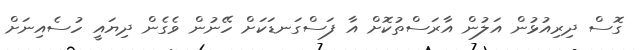
ގޮސް ދިރިއުޅުން އަލުން އާރަސްތުކޮށް އާ ފަސްގަނޑަކަށް ހޭނުން ވެގެން ދިޔައީ ހުސެއިނަށް